Report on malaria in the Punjab during the year ...  together with an account of the work of the Punjab Malaria Bureau - Volume 5
Disease focus: Malaria
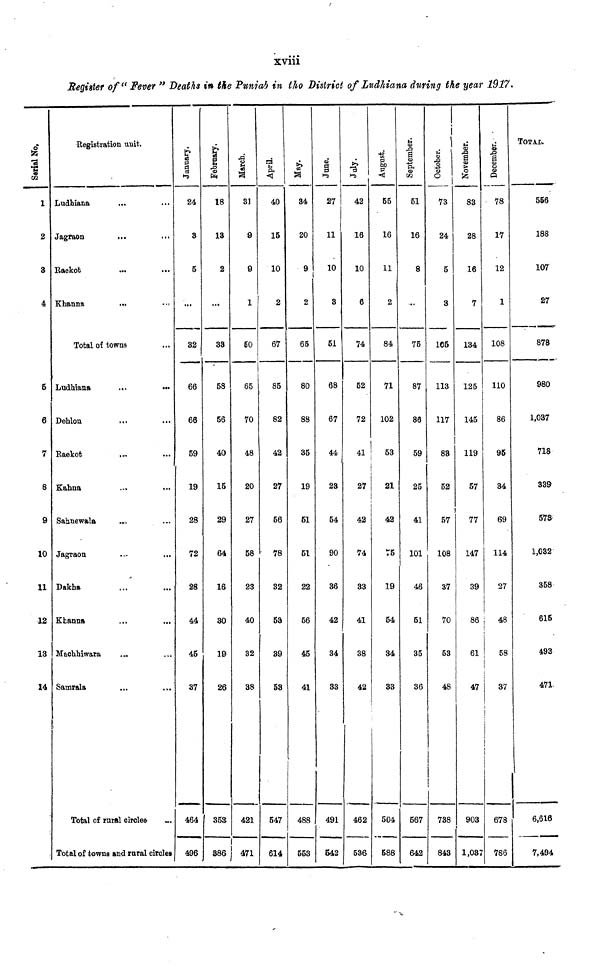
xviii
Register of" Fever " Deaths in the Punjab in the District of Ludhiana during the year 1917.
is
1
2
3
4
5
6
7
8
9
10
11
12
13
14
Registration unit.
Ludhiana
...
Jagraon
Raekot
...
...
Khanna
...
Total of towns
Ludhiana
...
....
Dehlon.
Raekot
...
Kahna
Sahnewala
...
Jagraon
...
...
Dakha
Khanna
Machhiwara
...
Samrala
Total of rural circles
Total of towns and rural circles
I
24
3
5
...
32
66
66
59
19
28
72
28
44
45
37
464
496
a
18
13
2
...
33
58
56
40
15
29
64
16
30
19
26
353
386
1
31
9
9
1
50
65
70
48
20
27
58
23
40
32
38
421
471
40
15
10
2
67
85
82
42
27
56
• 78
32
53
39
53
547
614
84
20
9
2
65
80
88
35
19
51
51
22
56
45
41
488
553
8
27
11
10
3
51
68
67
44
23
54
90
36
42
34
33
491
642
July.
42
16
10
6
74
52
72
41
27
42
74
33
41
38
42
462
536
55
16
11
2
84
71
102
53
21
42
75
19
54
34
33
504
588
September.
51
16
8
...
75
87
86
59
25
41
101
46
51
35
36
567
642
73
24
5
3
105
113
117
83
52
57
108
37
70
53
48
738
843
November.
83
28
16
7
134
125
145
119
57
77
147
39
86
61
47
903
1,037
• 78
17
12
1
108
110
86
95
34
69
114
27
48
58
37
678
786
TOTAL.
556
188
107
27
878
980
1,037
718
339
573
1,032
358
615
493
471
6,616
7,494